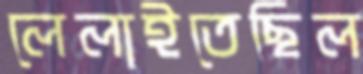
লেলাইতেছিল